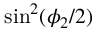
\sin ^ { 2 } ( \phi _ { 2 } / 2 )